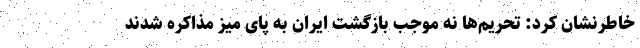
خاطرنشان کرد: تحریم‌ها نه موجب بازگشت ایران به پای میز مذاکره شدند